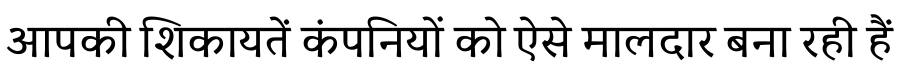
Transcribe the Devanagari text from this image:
आपकी शिकायतें कंपनियों को ऐसे मालदार बना रही हैं